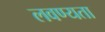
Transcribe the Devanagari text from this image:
लवण्यता